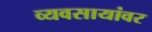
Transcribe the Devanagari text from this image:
व्यवसायांवर